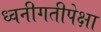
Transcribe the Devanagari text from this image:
ध्वनीगतीपेक्षा